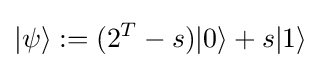
|\psi \rangle :=(2^{T}-s)|0\rangle +s|1\rangle